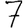
Digit: 7